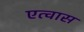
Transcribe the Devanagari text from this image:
एत्वास